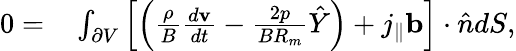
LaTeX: \begin{array}{rl}{0=}&{{}\int_{\partial V}\left[\left(\frac{\rho}{B}\frac{d\mathbf{v}}{dt}-\frac{2p}{BR_{m}}\hat{Y}\right)+j_{\| }\mathbf{b}\right]\cdot\hat{n}dS,}\end{array}